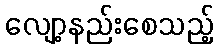
လျော့နည်းစေသည့်